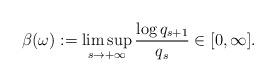
LaTeX: \begin{align*} \beta(\omega):=\limsup_{s\rightarrow+\infty}\frac{\log q_{s+1}}{q_s}\in [0,\infty].\end{align*}